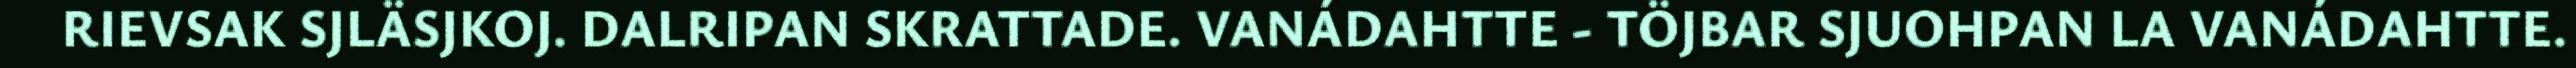
RIEVSAK SJLÄSJKOJ. DALRIPAN SKRATTADE. VANÁDAHTTE - TÖJBAR SJUOHPAN LA VANÁDAHTTE.